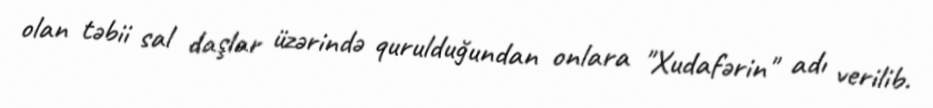
olan təbii sal daşlar üzərində qurulduğundan onlara "Xudafərin" adı verilib.